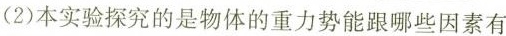
(2)本实验探究的是物体的重力势能跟哪些因素有